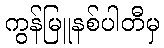
ကွန်မြူနစ်ပါတီမှ